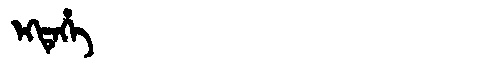
Manchu: ᡝᡴᡨᡝᡥᡝ
Romanization: EKTEHE